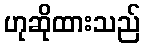
ဟုဆိုထားသည်